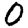
Digit: 0